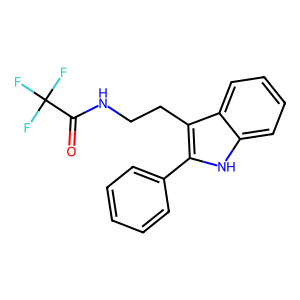
SMILES: O=C(NCCc1c(-c2ccccc2)[nH]c2ccccc12)C(F)(F)F
Inhibits HIV replication: No